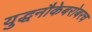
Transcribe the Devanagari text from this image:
युद्धनौकेबरोबरच